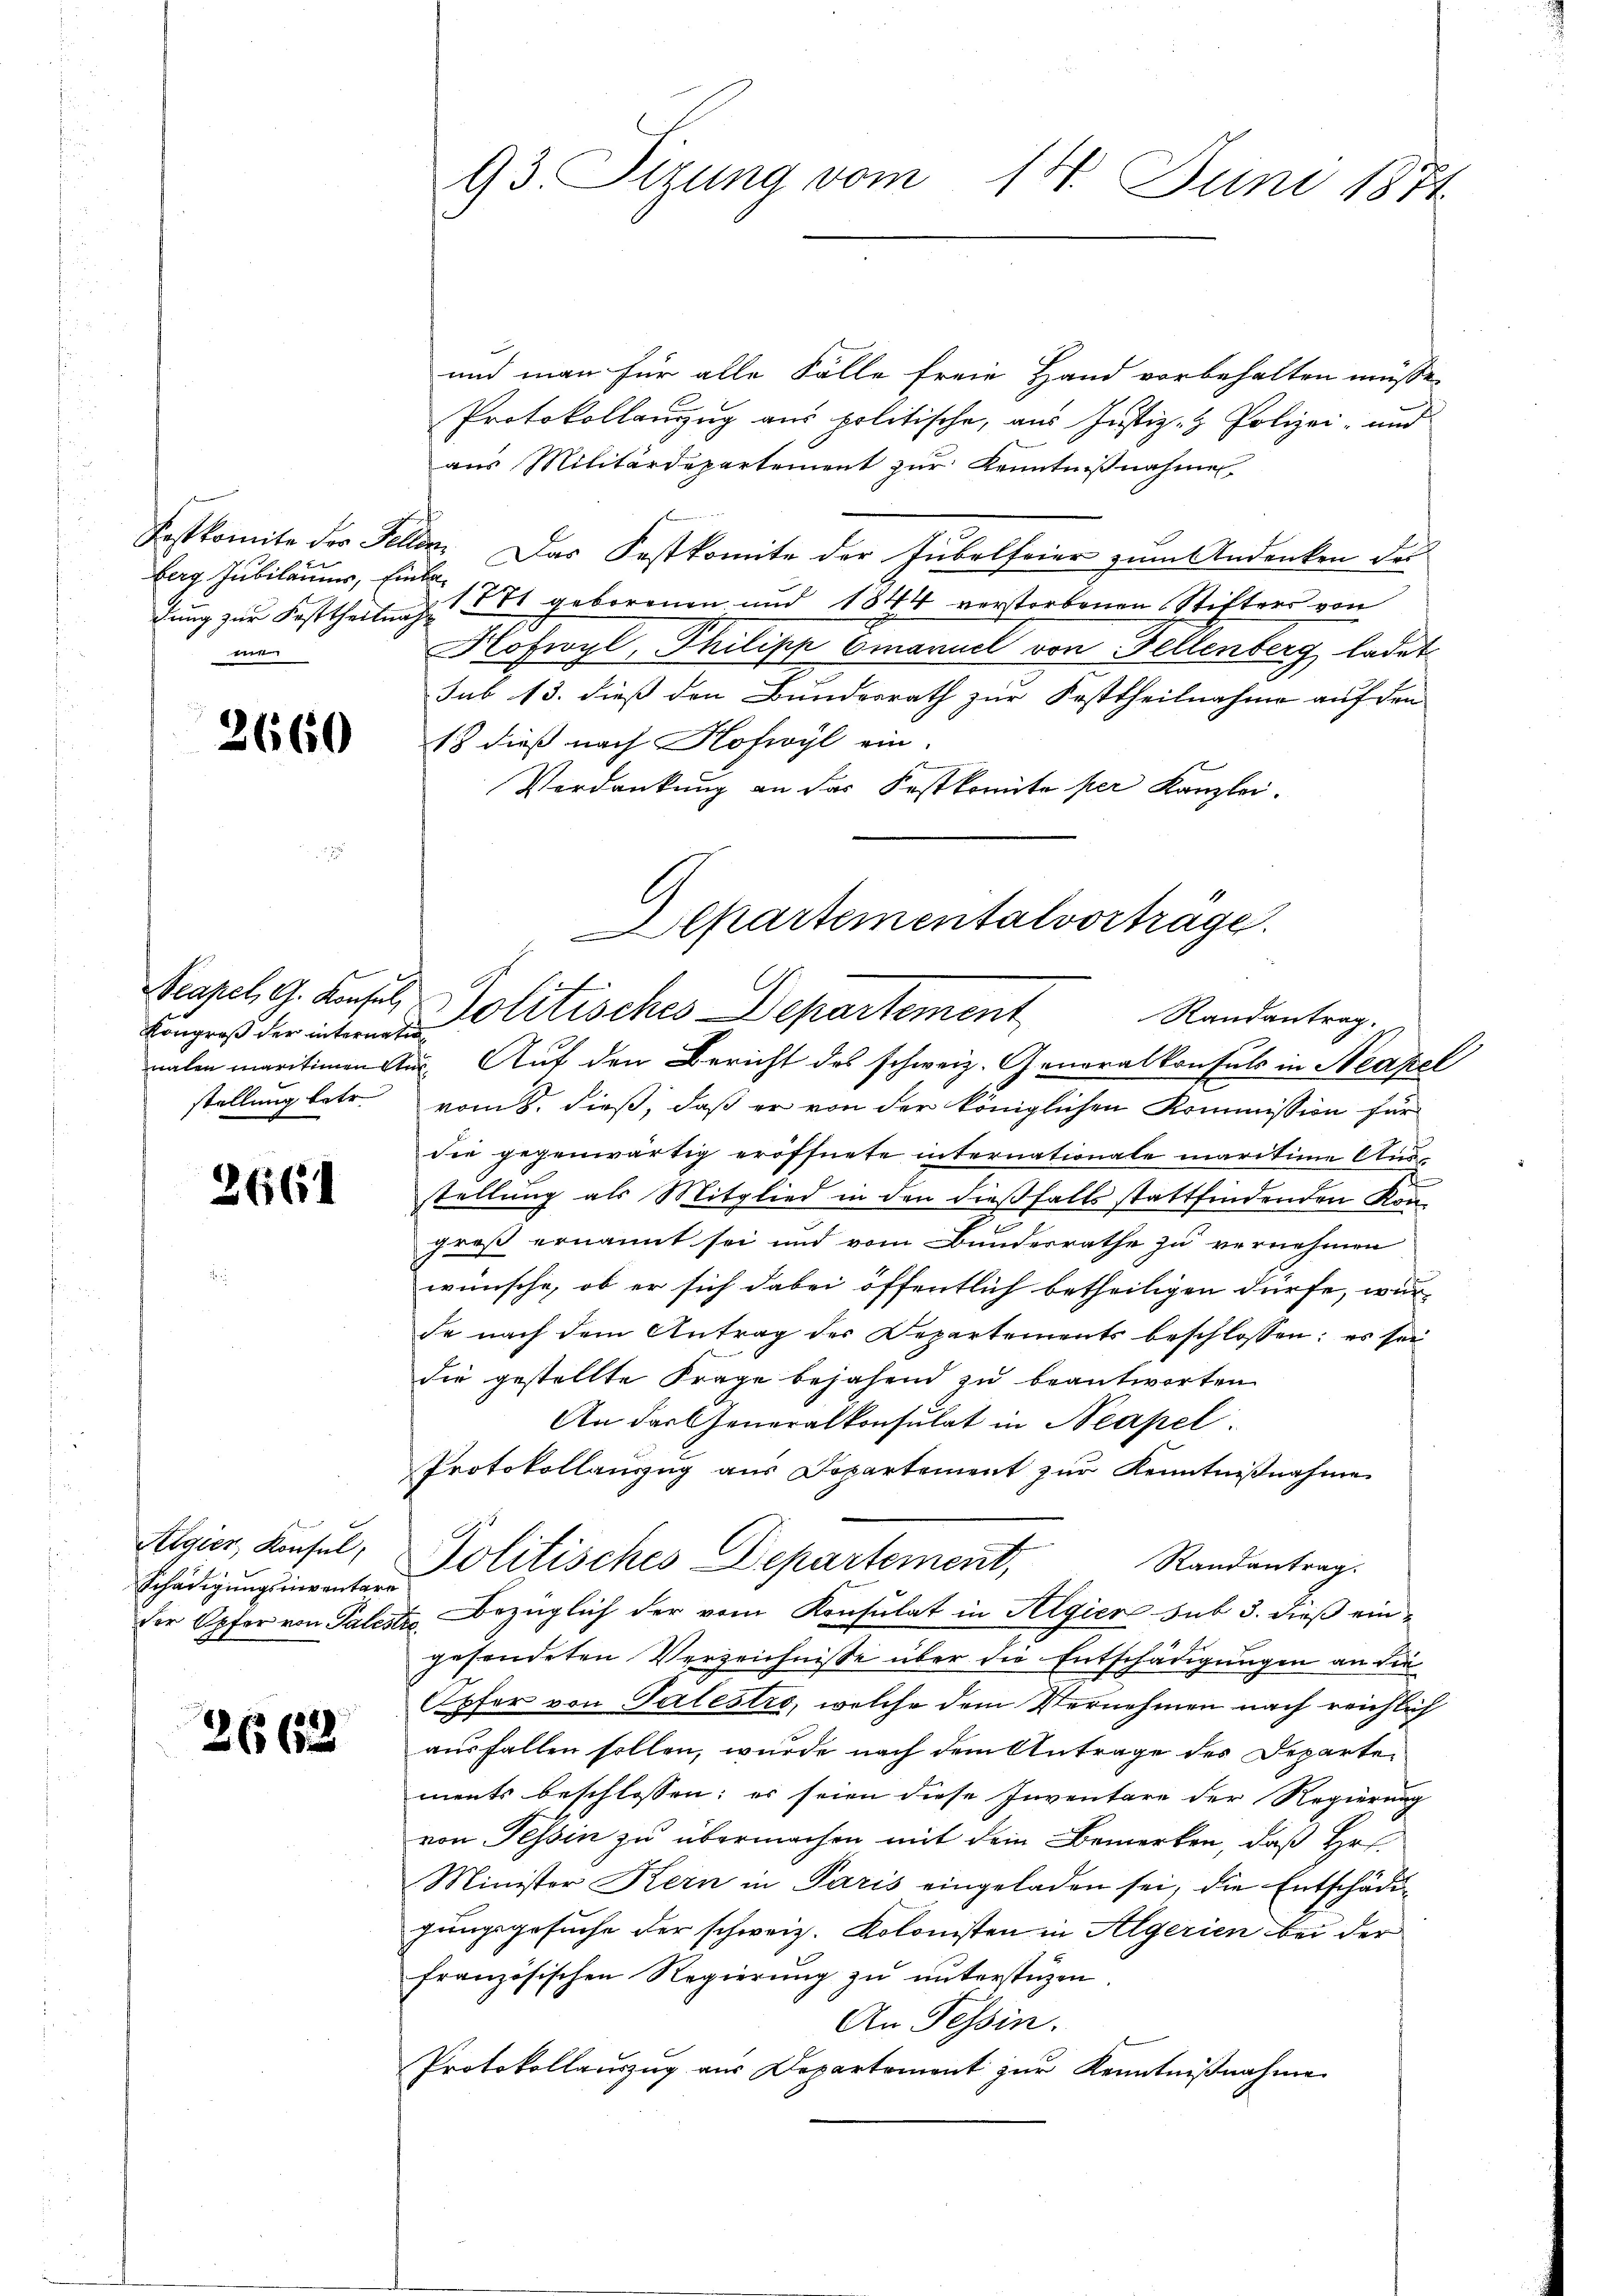
berg. Jubiläums, Einlae

2660

Kongroß der internatio
stellung betr.

2664

Algien Konsul
Schädigungsinventari

2662

93. Sizung vom 14. Juni 1874.

und man für alle Fälle freie Hand vorbehalten müsse.
Protokollanzug aus politische, aus Justiz- & Polizei- und
aus Militärdepartement zur Kenntnißnahmen
Festkomite der Fellen. Das Festkomite der Jubelfeier zum Andenken des
dung zur Festtheilung 11 geborenen und 1844 verstorbenen Stifters von
Hofwyl, Philipp Emanuel von Fellenberg, ladet
sub 13. dieß den Bundesrath zur Festtheilnahme auf den
18 dieß nach Hofwyl ein.
Verdankung an der Festkomite per Kanzlei.

Aepartementalvorträge.
Neapel, G. Konsuls Politisches Departement
Randantrag.
nalen maritimen aus. Auf den Bericht des schweiz. Generalkonsuls in Neapel

vom 8. dieß, daß er von der königlichen Kommission für
die gegenwärtig eröffnete internationale maritime Ausstellung als Mitglied in den dießfalls stattfindenden Kon-
groß ernannt sei und vom Bunderrathe zu vernehmen
wünsche, ob er sich dabei öffentlich betheiligen dürfe, wur-
de nach dem Antrag des Departements beschlossen: es sei
die gestellte Frage bejahend zu beantworten
An das Generalkonsulat in Neapel.
Protokollauszug aus Departement zŭr Kenntniβnahme
gesendeten Verzeichnisse über die Entschädigungen an die
Opfer von Talestro, welche dem Vernehmen nach reichlich
ausfallen sollen, wurde nach dem Antrage des Departements beschlossen: es seien diese Inventare der Regierung
von Tessin zu übermachen mit dem Bemerken, daß Hr.
Ministor Kern in Paris eingeladen sei, die Entschädigungsgesuche der schweiz. Kolonisten in Algerien bei der
französischen Regierung zu unterstüzen
An Tessin.
Protokollauszug aus Departement zur Kenntnißnahme

Politisches Departement,
der Opfer von Paliste Bezüglich der vom Konsulat in Algier sub 3. dieß ein¬

Randantrag.